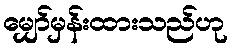
မျှော်မှန်းထားသည်ဟု